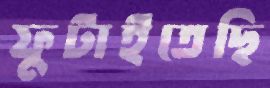
ফুটাইতেছি